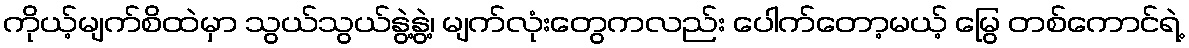
ကိုယ့်မျက်စိထဲမှာ သွယ်သွယ်နွဲ့နွဲ့၊ မျက်လုံးတွေကလည်း ပေါက်တော့မယ့် မြွေ တစ်ကောင်ရဲ့